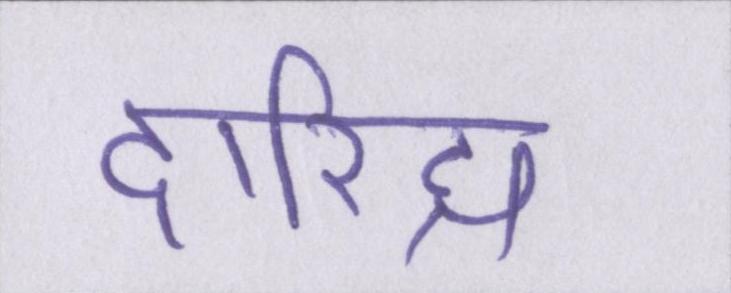
दारिद्र्य